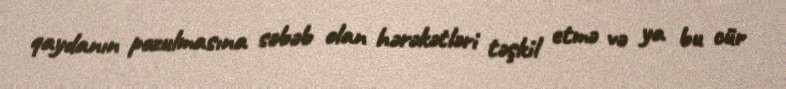
qaydanın pozulmasına səbəb olan hərəkətləri təşkil etmə və ya bu cür